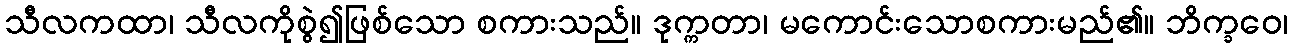
သီလကထာ၊ သီလကိုစွဲ၍ဖြစ်သော စကားသည်။ ဒုက္ကတာ၊ မကောင်းသောစကားမည်၏။ ဘိက္ခဝေ၊